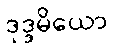
ဒုဒ္ဒမိယော